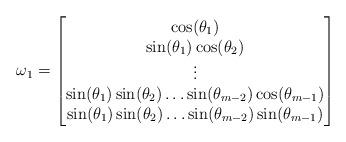
LaTeX: \begin{align*}\omega_1 = \left[\begin{matrix}\cos(\theta_1)\\\sin(\theta_1) \cos(\theta_2)\\\vdots\\\sin(\theta_1) \sin(\theta_2) \ldots \sin(\theta_{m-2}) \cos(\theta_{m-1})\\\sin(\theta_1) \sin(\theta_2) \ldots\sin(\theta_{m-2}) \sin(\theta_{m-1})\end{matrix}\right]\end{align*}